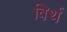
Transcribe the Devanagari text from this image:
विर्थ